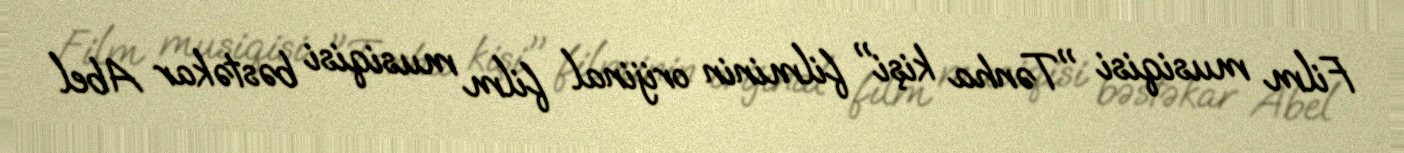
Film musiqisi "Tənha kişi" filminin orijinal film musiqisi bəstəkar Abel